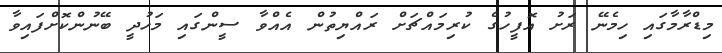
މިޑްރާމާގައި ހިމެނޭ ރަށު އޮފީހުގެ ކުރިމައްޗަށް ރައްޔިތުން އެއްވާ ސީންގައި މަހުދީ ބޭނުންކޮށްފައިވާ